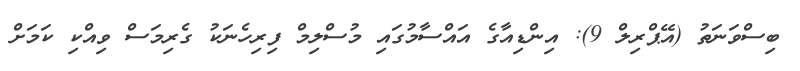
ބިސްވަނަތު (އޭޕްރިލް 9): އިންޑިއާގެ އައްސާމުގައި މުސްލިމް ފިރިހެނަކު ގެރިމަސް ވިއްކި ކަމަށް